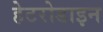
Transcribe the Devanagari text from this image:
हेटरोडाइन